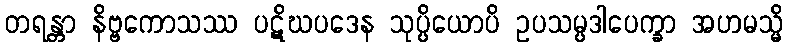
တရန္တာ နိဗ္ဗကောသဿ ပဋိဃပဒေန သုပ္ပိယောပိ ဥပသမ္ပဒါပေက္ခာ အဟမသ္မိ